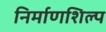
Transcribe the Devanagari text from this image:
निर्माणशिल्प